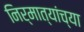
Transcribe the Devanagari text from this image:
निर्मात्यांच्या